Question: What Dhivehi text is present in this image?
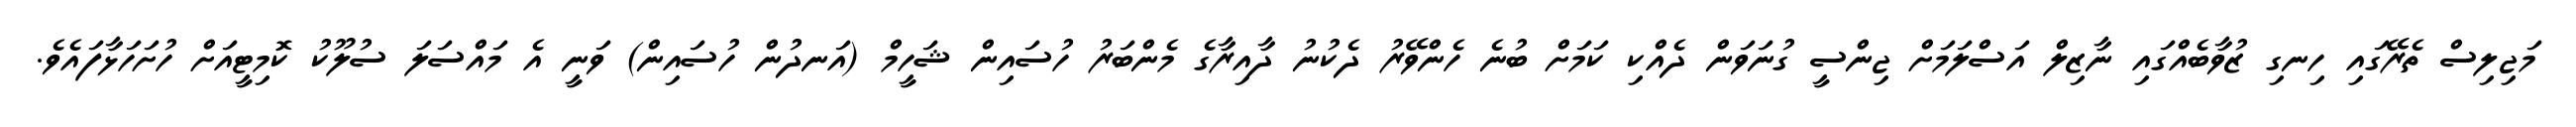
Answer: މަޖިލިސް ތެރޭގައި ހިނގި ޒުވާބެއްގައި ނާޒިލް އަސްލަމަށް ޖިންސީ ގުނަވަން ދެއްކި ކަމަށް ބުނެ ހެންވޭރު ދެކުނު ދާއިރާގެ މެންބަރު ހުސައިން ޝަހީމް (އަނދުން ހުސައިން) ވަނީ އެ މައްސަލަ ސުލޫކު ކޮމިޓީއަށް ހުށަހަޅާފައެވެ.